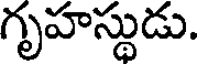
గృహస్థుడు.